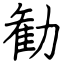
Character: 勧